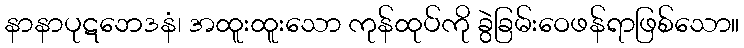
နာနာပုဋဘေဒနံ၊ အထူးထူးသော ကုန်ထုပ်ကို ခွဲခြမ်းဝေဖန်ရာဖြစ်သော။